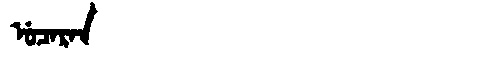
Manchu: ᡠᠴᠠᡵᠠᠨ
Romanization: UCARAN